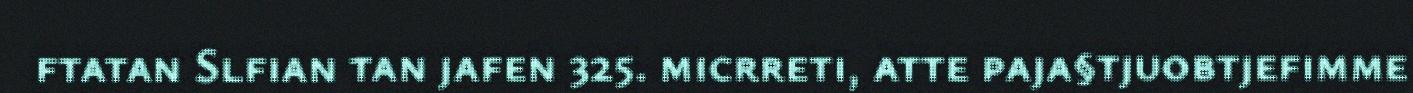
ftatan Slfian tan jafen 325. micrreti, atte paja§tjuobtjefimme